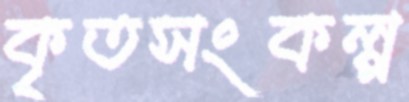
কৃতসংকল্প